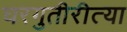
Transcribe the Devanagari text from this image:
घरगुतीरीत्या